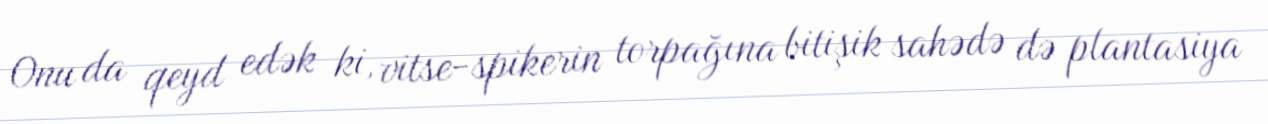
Onu da qeyd edək ki, vitse-spikerin torpağına bitişik sahədə də plantasiya